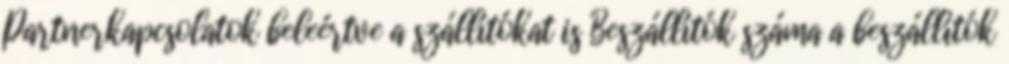
Partnerkapcsolatok beleértve a szállítókat is Beszállítók száma a beszállítók